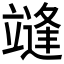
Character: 𰻓